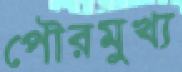
পৌরমুখ্য